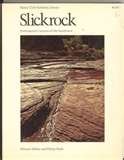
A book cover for Slickrock: Endangered Canyons of the Southwest; Edward Abbey; Travel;